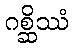
ဂစ္ဆိဿံ